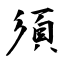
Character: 須